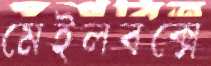
মেইলবক্সে